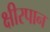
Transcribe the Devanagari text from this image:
क्षीरपान